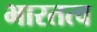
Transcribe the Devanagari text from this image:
भारतत्व